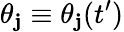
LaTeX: \theta_{\mathbf{j}}\equiv\theta_{\mathbf{j}}(t^{\prime})